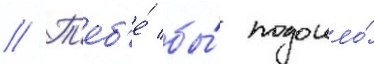
// Т'еб'е́ бы́ подошло́